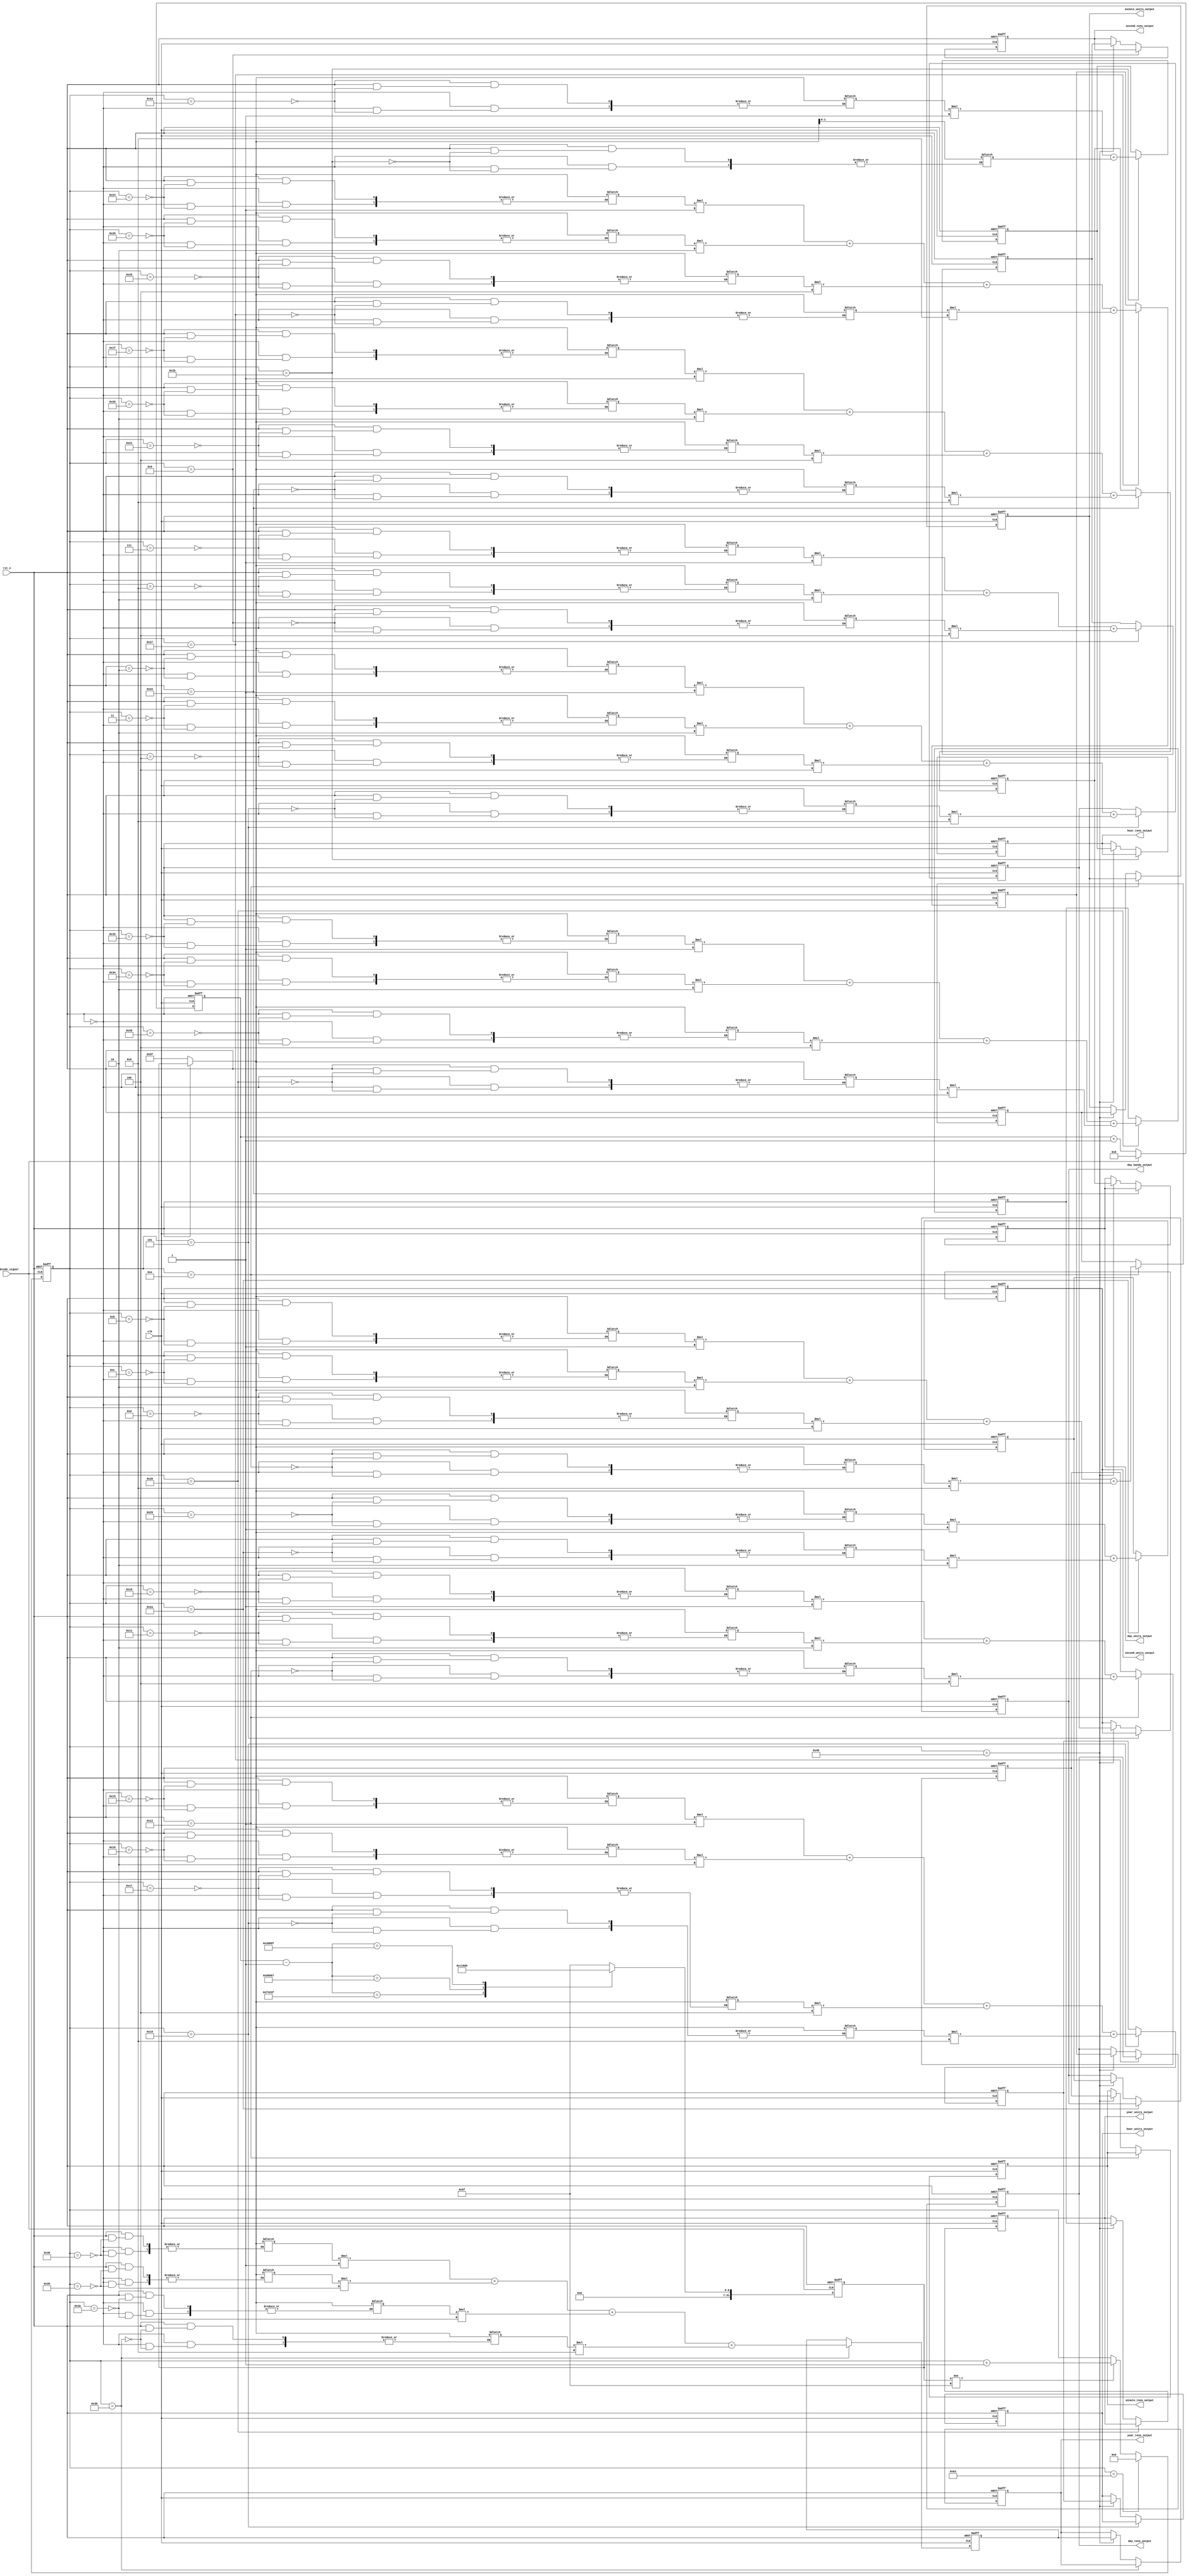
// This is a simple example.
// You can make a your own header file and set its path to settings.
// (Preferences > Package Settings > Verilog Gadget > Settings - User)
//
//		"header": "Packages/Verilog Gadget/template/verilog_header.v"
//
// -----------------------------------------------------------------------------
// Copyright (c) 2014-2023 All rights reserved
// -----------------------------------------------------------------------------
// Create : 2023-07-19 20:39:25
// Revise : 2023-07-19 20:39:25
// Editor : sublime text4, tab size (4)
// Descri : ex_bcode_signal
// -----------------------------------------------------------------------------
module Irig_Parse 
#(
	parameter bcode_0_flag = 32'd999_999,
	parameter bcode_1_flag = 32'd624_999,
	parameter bcode_2_flag = 32'd249_999,
	parameter num_10ms = 32'd1_249_999
)
(
	input clk,
	input rst_n,
	input ex_bcode_signal,
	output reg [3:0] second_units_output,
	output reg [2:0] second_tens_output,
	output reg [3:0] minute_units_output,
	output reg [2:0] minute_tens_output,
	output reg [3:0] hour_units_output,
	output reg [1:0] hour_tens_output,
	output reg [3:0] day_units_output,
	output reg [3:0] day_tens_output,
	output reg [1:0] day_hunds_output,
	output reg [3:0] year_units_output,
	output reg [3:0] year_tens_output
);

	reg [3:0] second_units;
	reg [2:0] second_tens;
	reg [3:0] minute_units;
	reg [2:0] minute_tens;
	reg [3:0] hour_units;
	reg [1:0] hour_tens;
	reg [3:0] day_units;
	reg [3:0] day_tens;
	reg [1:0] day_hunds;
	reg [3:0] year_units;
	reg [3:0] year_tens;


	// assign second_units_output = {data[4:1]};
	// assign second_tens_output = {data[8:6]};
	// assign minute_units_output  = {data[13:10]};
	// assign minute_tens_output  = {data[17:15]};
	// assign hour_units_output    = {data[23:20]};
	// assign hour_tens_output    = {data[26:25]};
	// assign day_units_output     = {data[33:30]};
	// assign day_tens_output     = {data[38:35]};
	// assign day_hunds_output     = {data[41:40]};
	// assign year_units_output    = {data[53:50]};
	// assign year_tens_output    = {data[58:55]};

	/*ex_bcode_signal10ms,
	reg [31:0] temp [99:0]*/


	// /**/
	// reg [31:0] cnt_10ms_pre;
	// always @(posedge clk or negedge rst_n) begin
	// 	if(~rst_n) begin
	// 		cnt_10ms_pre <= 32'd0;
	// 	end else if(ex_bcode_signal) begin
	// 		cnt_10ms_pre <= cnt_10ms_pre + 32'd1;
	// 	end else if() begin
	// 		cnt_10ms_pre <= cnt_10ms_pre;
	// 	end
	// end

	/**/
	reg [31:0] cnt_10ms;
	always @(posedge clk or negedge rst_n) begin
		if(~rst_n) begin
			cnt_10ms <= 32'd0;
		end else if(!ex_bcode_signal) begin
			cnt_10ms <= cnt_10ms + 32'd1;
		end else begin
			cnt_10ms <= 32'd0;
		end
	end

	/**/
	reg [31:0] ex_sig_B_code;
	always @(posedge ex_bcode_signal,negedge rst_n) begin
		if(~rst_n) begin
			ex_sig_B_code <= 32'd95;
		end else if(ex_bcode_signal) begin
			case(cnt_10ms - 32'd1)
				bcode_0_flag : ex_sig_B_code <= 32'd48;
				bcode_1_flag : ex_sig_B_code <= 32'd49;
				bcode_2_flag : ex_sig_B_code <= "P";
				default : ex_sig_B_code <= 32'd95;
			endcase
		end else begin
			ex_sig_B_code <= 32'd95;
		end
	end

	/**/
	reg [6:0] num;
	always @(posedge ex_bcode_signal or negedge rst_n) begin : proc_num
		if(~rst_n) begin
			num <= 7'd99;
		end else if(num == 7'd99) begin
			num <= 7'd0;
		end else if(ex_sig_B_code != 32'd95) begin
			num <= num + 7'd1;
		end
	end

	/*num*/
	reg [31:0] num_bcode [99:0];
	always @(*) begin 
		if(!rst_n) begin
			num_bcode[num] = 32'd95;
		end else begin
			num_bcode[num] = ex_sig_B_code;
		end
		
	end


	/**/
	always @(posedge clk or negedge rst_n) begin
			if(~rst_n) begin
				second_units <= 4'd0;
				second_units_output <= 4'd0;
			end else if(num == 7'd5) begin
				/*8421BCD1248*/
				second_units <= num_bcode[2] * 1 + num_bcode[3] * 2 + num_bcode[4] * 4 + num_bcode[5] * 8;
			end else if(num == 7'd75) begin
				second_units_output <= second_units;
			end else begin
				second_units <= second_units;
			end
	end	

	/**/
	always @(posedge clk or negedge rst_n) begin
		if(~rst_n) begin
			second_tens <= 3'd0;
			second_tens_output <= 3'd0;
		end else if(num == 7'd9) begin
			second_tens <= num_bcode[7] * 1 + num_bcode[8] * 2 + num_bcode[9] * 4;
		end else if(num == 7'd75) begin
			second_tens_output <= second_tens;
		end else begin
			second_tens <= second_tens;
		end
	end

	/**/
	always @(posedge clk or negedge rst_n) begin
		if(~rst_n) begin
			minute_units <= 4'd0;
			minute_units_output <= 4'd0;
		end else if(num == 7'd14)begin
			minute_units <= num_bcode[11] * 1 + num_bcode[12] * 2 + num_bcode[13] * 4 + num_bcode[14] * 8;
		end else if(num == 7'd75) begin
			minute_units_output <= minute_units;
		end	else begin
			minute_units <= minute_units;
		end
	end

	/**/
	always @(posedge clk or negedge rst_n) begin
		if(~rst_n) begin
			minute_tens <= 3'd0;
			minute_tens_output <= 3'd0;
		end else if(num == 7'd18) begin
			minute_tens <= num_bcode[16] * 1 + num_bcode[17] * 2 + num_bcode[18] * 4;
		end else if(num == 7'd75) begin
			minute_tens_output <= minute_tens;
		end else begin
			minute_tens <= minute_tens;
		end
	end

	/**/
	always @(posedge clk or negedge rst_n) begin
		if(~rst_n) begin
			hour_units <= 4'd0;
			hour_units_output <= 4'd0;
		end else if(num == 7'd24)begin
			hour_units <= num_bcode[21] * 1 + num_bcode[22] * 2 + num_bcode[23] * 4 + num_bcode[24] * 8;
		end else if(num == 7'd75) begin
			hour_units_output <= hour_units;
		end else begin
			hour_units <= hour_units;
		end
	end

	/**/
	always @(posedge clk or negedge rst_n) begin
		if(~rst_n) begin
			hour_tens <= 2'd0;
			hour_tens_output <= 2'd0;
		end else if(num == 7'd27) begin
			hour_tens <= num_bcode[26] * 1 + num_bcode[27];
		end else if(num == 7'd75) begin
			hour_tens_output <= hour_tens;
		end else begin
			hour_tens <= hour_tens;
		end
	end

	/**/
	always @(posedge clk or negedge rst_n) begin
		if(~rst_n) begin
			day_units <= 4'd0;
			day_units_output <= 4'd0;
		end else if(num == 7'd34)begin
			day_units <= num_bcode[31] * 1 + num_bcode[32] * 2 + num_bcode[33] * 4 + num_bcode[34] * 8;
		end else if(num == 7'd75) begin
			day_units_output <= day_units;
		end else begin
			day_units <= day_units;
		end
	end

	/**/
	always @(posedge clk or negedge rst_n) begin
		if(~rst_n) begin
			day_tens <= 4'd0;
			day_tens_output <= 4'd0;
		end else if(num == 7'd39) begin
			day_tens <= num_bcode[36] * 1 + num_bcode[37] * 2 + num_bcode[38] * 4 + num_bcode[39] * 8;
		end else if(num == 7'd75) begin
			day_tens_output <= day_tens;
		end else begin
			day_tens <= day_tens;
		end
	end

	/**/
	always @(posedge clk or negedge rst_n) begin
		if(~rst_n) begin
			day_hunds <= 4'd0;
			day_hunds_output <= 4'd0;
		end else if(num == 7'd42) begin
			day_hunds <= num_bcode[41] * 1 + num_bcode[42] * 2;
		end else if(num == 7'd75) begin
			day_hunds_output <= day_hunds;
		end else begin
			day_hunds <= day_hunds;
		end
	end

	/**/
	always @(posedge clk or negedge rst_n) begin
		if(~rst_n) begin
			year_units <= 4'd0;
			year_units_output <= 4'd0;
		end else if(num == 7'd54) begin
			year_units <= num_bcode[51] * 1 + num_bcode[52] * 2 + num_bcode[53] * 4 + num_bcode[54] * 8;
		end else if(num == 7'd75) begin
			year_units_output <= year_units;
		end else begin
			year_units <= year_units;
		end
	end

	/**/
	always @(posedge clk or negedge rst_n) begin
		if(~rst_n) begin
			year_tens <= 4'd0;
			year_tens_output <= 4'd0;
		end else if(num == 7'd59) begin
			year_tens <= num_bcode[56] * 1 + num_bcode[57] * 2 + num_bcode[58] * 4 + num_bcode[59] * 8;
		end else if(num == 7'd75) begin
			year_tens_output <= year_tens;
		end else begin
			year_tens <= year_tens;
		end
	end

endmodule